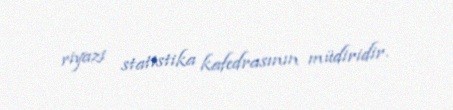
riyazi statistika kafedrasının müdiridir.